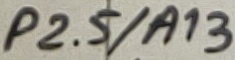
Text: P2.5/A13